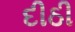
દીઠી